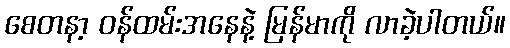
စေတနာ့ ဝန်ထမ်းအနေနဲ့ မြန်မာကို လာခဲ့ပါတယ်။